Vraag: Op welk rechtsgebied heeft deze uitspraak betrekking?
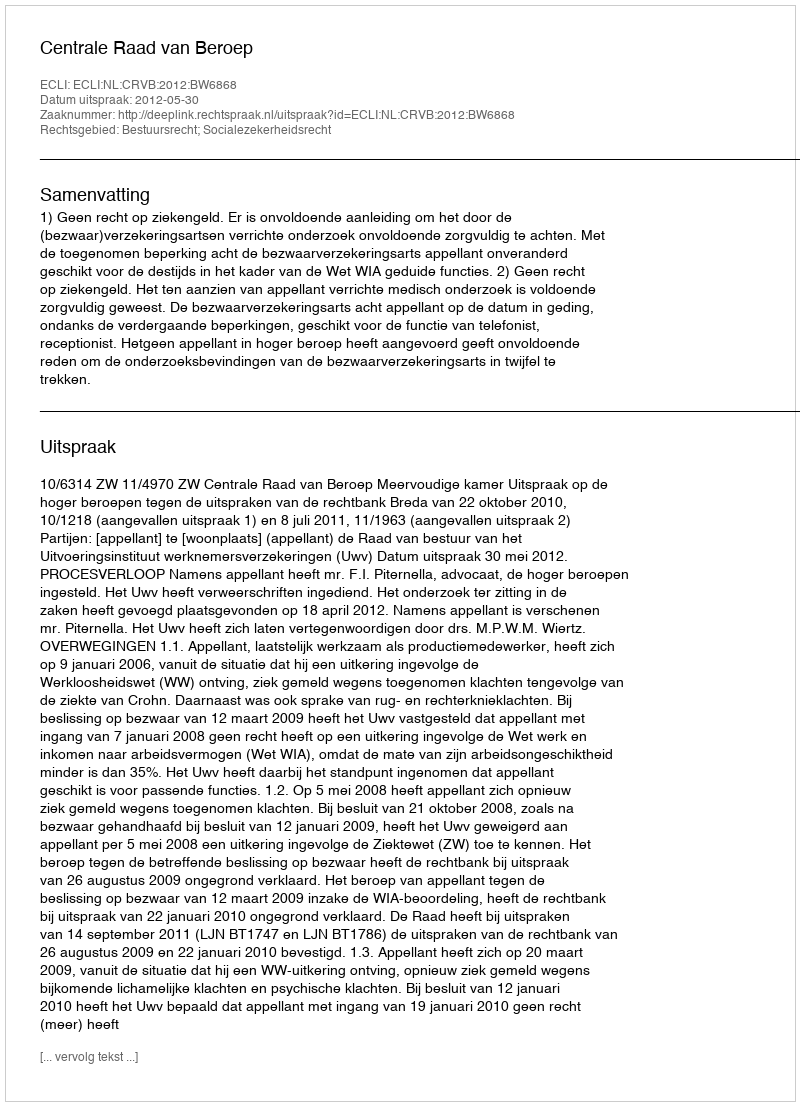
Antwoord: Bestuursrecht; Socialezekerheidsrecht